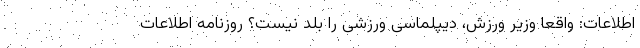
اطلاعات: واقعا وزیر ورزش، دیپلماسی ورزشی را بلد نیست؟ روزنامه اطلاعات